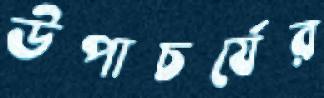
উপাচর্যের